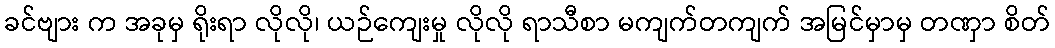
ခင်ဗျား က အခုမှ ရိုးရာ လိုလို၊ ယဉ်ကျေးမှု လိုလို ရာသီစာ မကျက်တကျက် အမြင်မှာမှ တဏှာ စိတ်